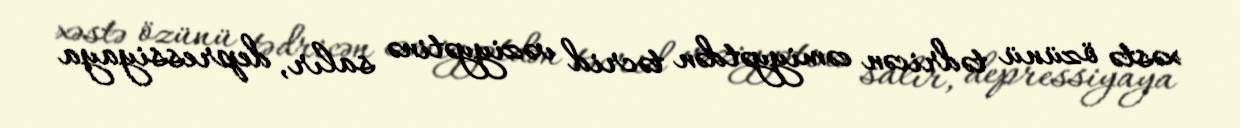
xəstə özünü tədricən cəmiyyətdən təcrid vəziyyətinə salır, depressiyaya